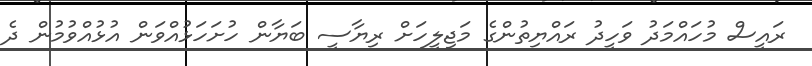
ރައީސް މުހައްމަދު ވަހީދު ރައްޔިތުންގެ މަޖިލީހަށް ރިޔާސީ ބަޔާން ހުށަހަޅުއްވަން އުޅުއްވުމުން ދެ